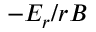
- E _ { r } / r B